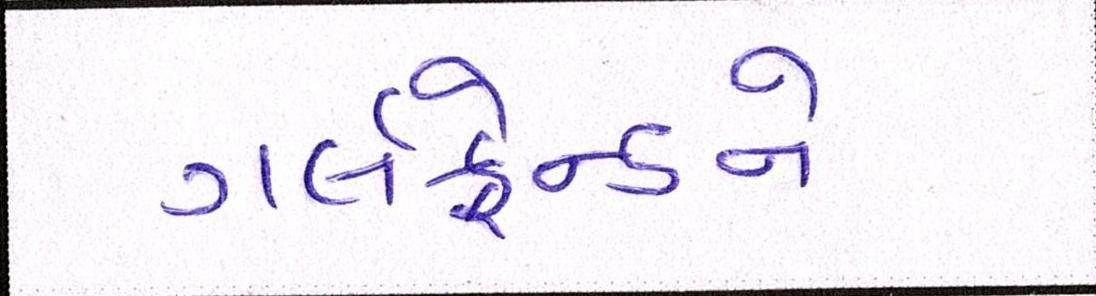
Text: ગર્લફ્રેન્ડને